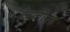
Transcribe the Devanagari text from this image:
टैबलोएड